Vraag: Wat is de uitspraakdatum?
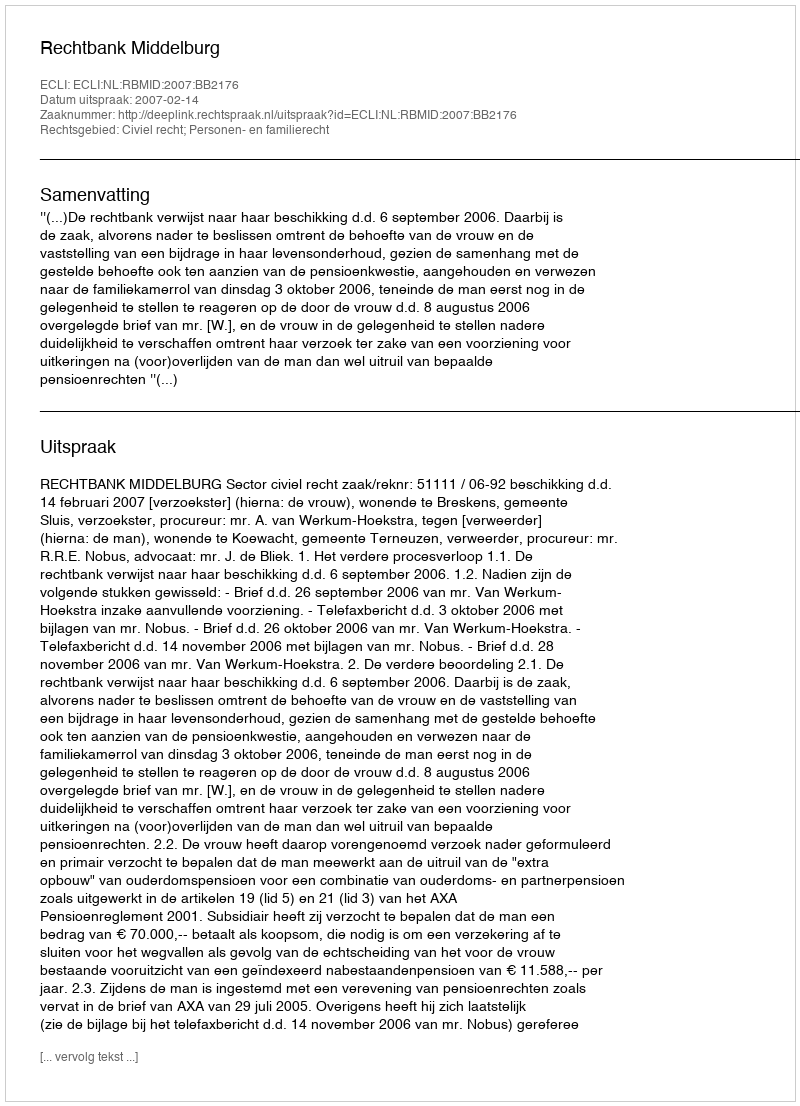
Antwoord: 2007-02-14